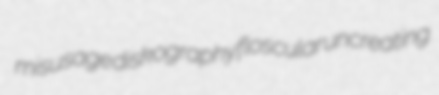
misusage diskography floscular uncreating